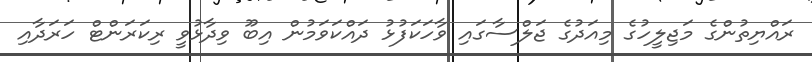
ރައްޔިތުންގެ މަޖިލީހުގެ މިއަދުގެ ޖަލްސާގައި ވާހަކަފުޅު ދައްކަވަމުން އިބޫ ވިދާޅުވީ ރިކަރަންޓް ހަރަދާއި